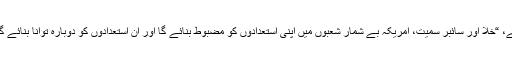
صدر نے اس دستاویز میں کہا ہے، “خلا اور سائبر سمیت، امریکہ بے شمار شعبوں میں اپنی استعدادوں کو مضبوط بنائے گا اور اُن استعدادوں کو دوبارہ توانا بنائے گا جو نظرانداز کی جاتی رہی ہیں۔